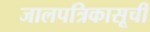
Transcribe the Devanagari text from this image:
जालपत्रिकासूची